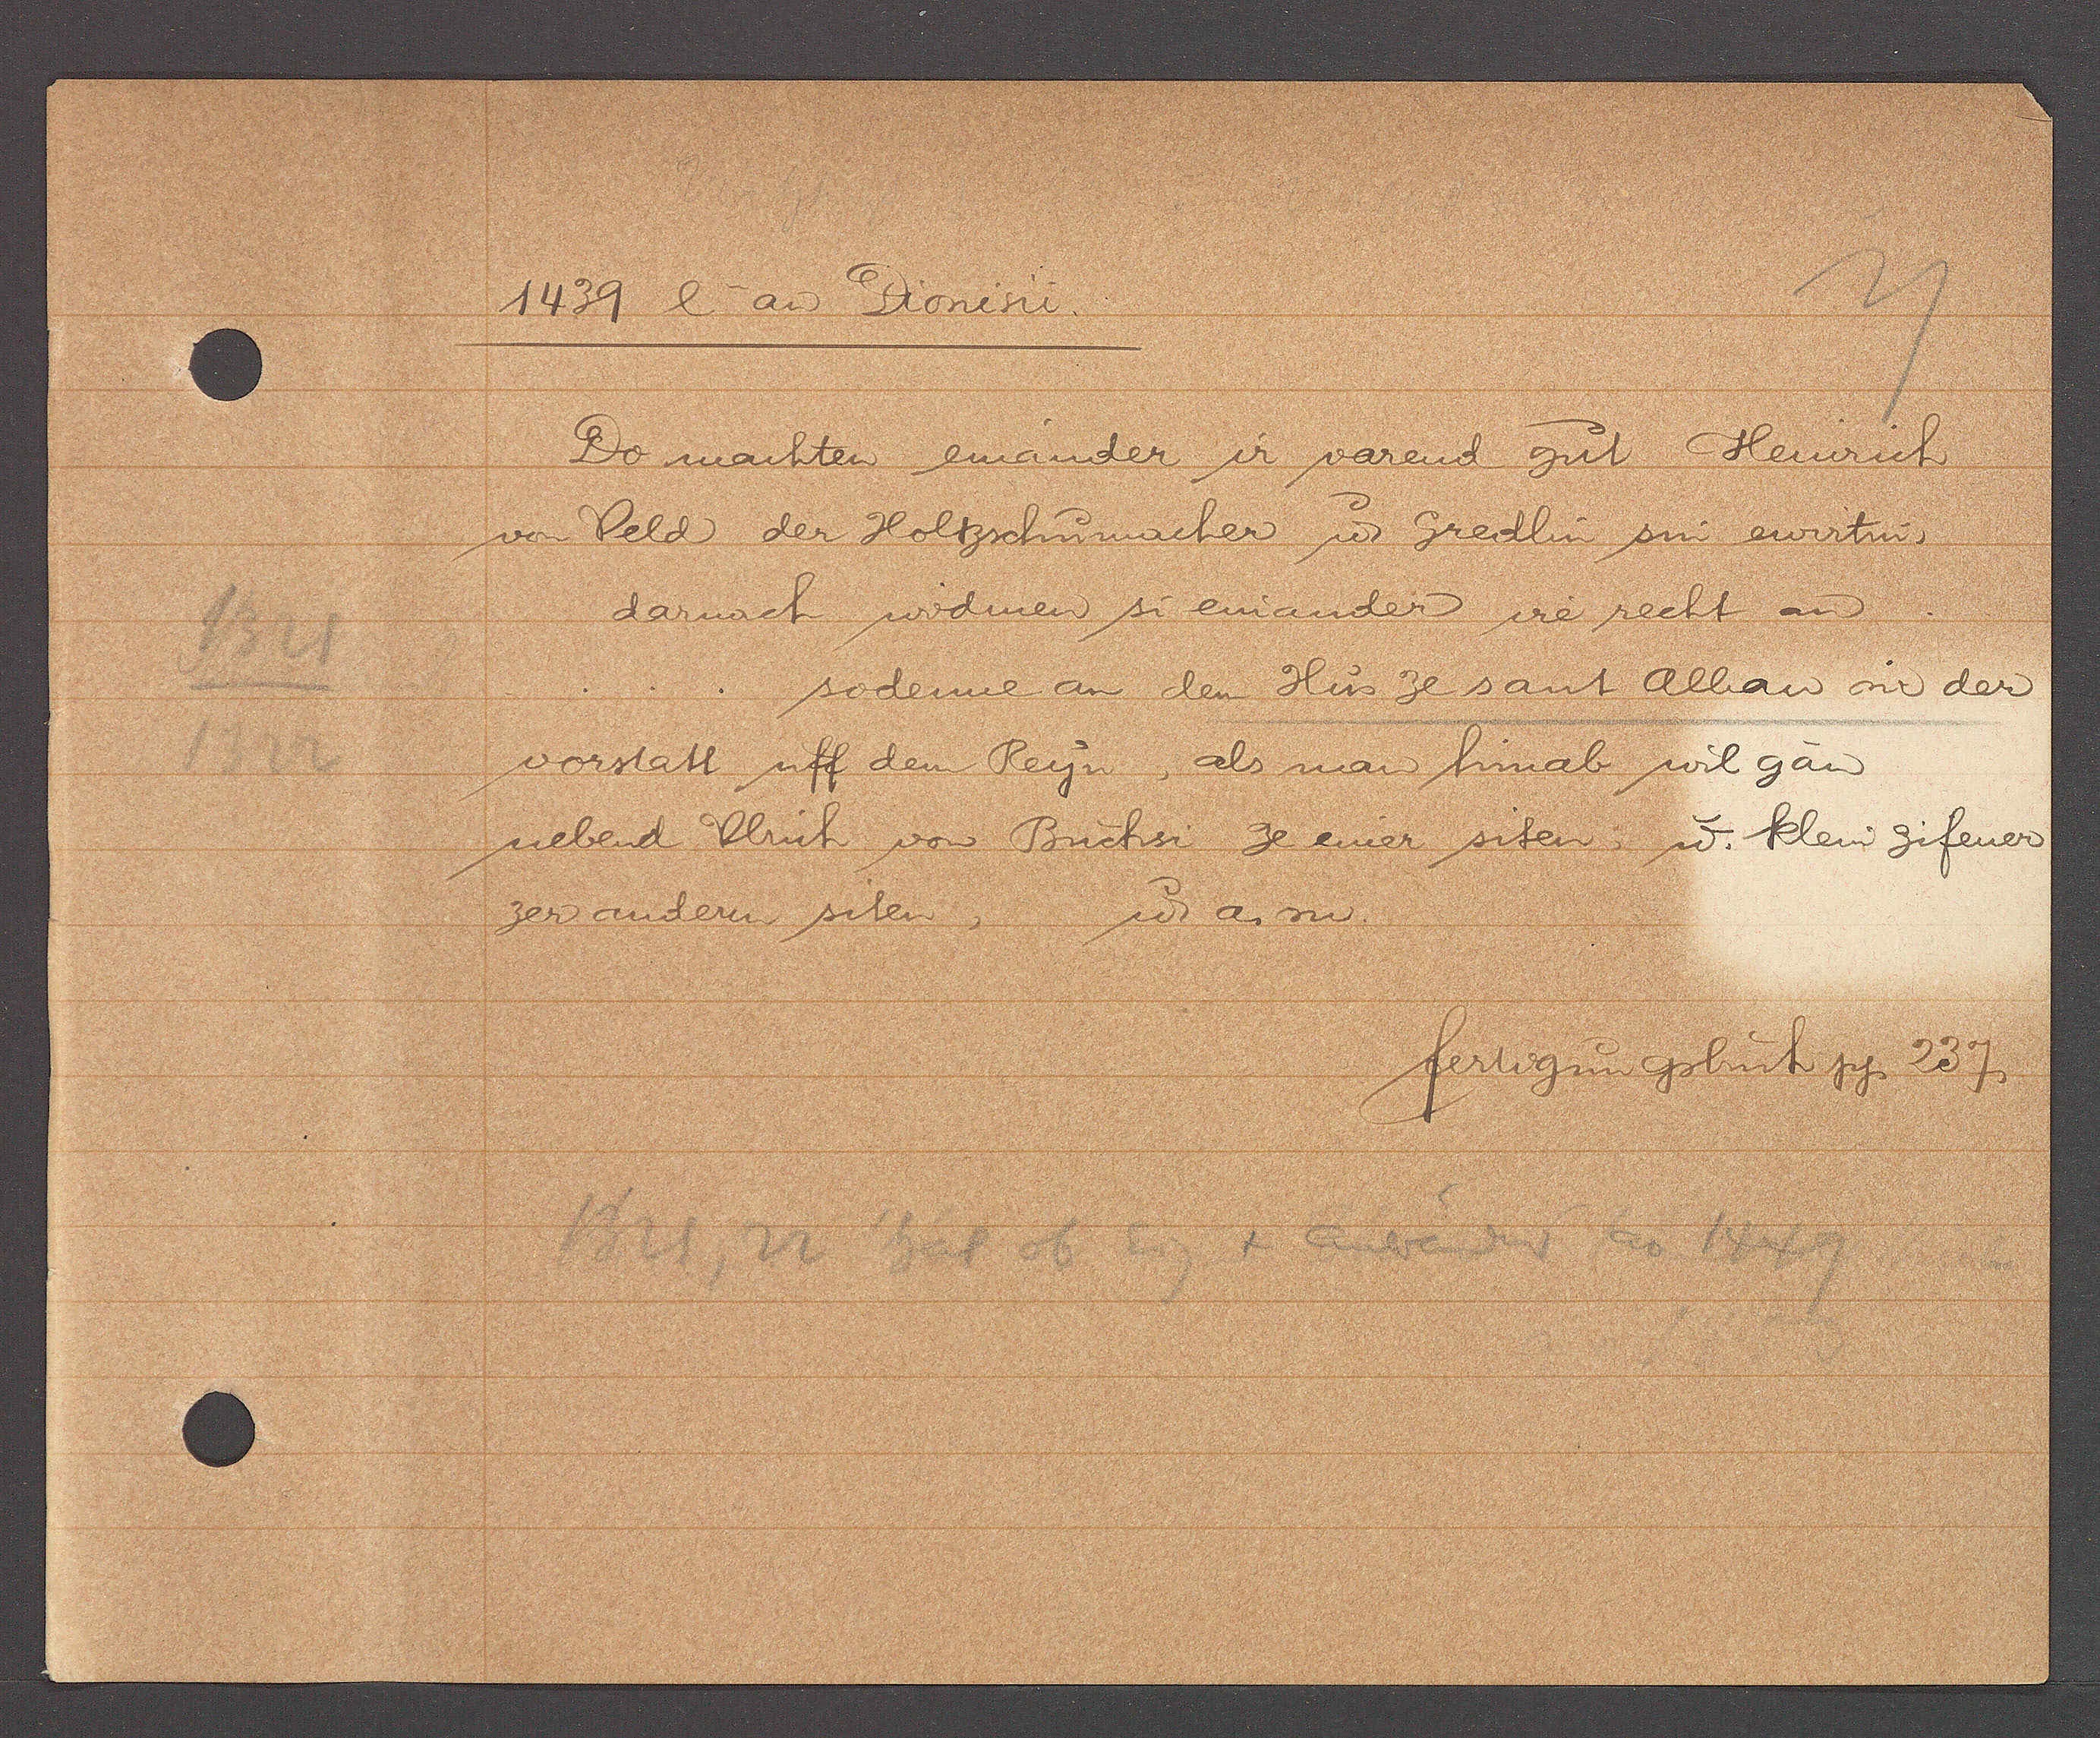
Transcript:
1321
1322

1439 l aȵ Dionisii.

Do machten einander ir varend gut Heinrich
von Veld der Holtzschmacher u. Gredlin sin ewirtin,
darnach widenen si einander ire recht an
sodenne an dem Hus ze sant Alban in der
vorstatt uff dem Reyn als man hinab wil gan
nebend Ulrich von Buchsi ze einer siten, u. klein gifener
ư a. m.
zer andern siten

fertigungsbuch pg. 237

1321, 22 hat ob Eig + andereand ao 1449